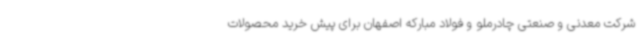
شرکت معدنی و صنعتی چادرملو و فولاد مبارکه اصفهان برای پیش خرید محصولات